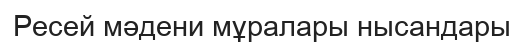
Ресей мәдени мұралары нысандары